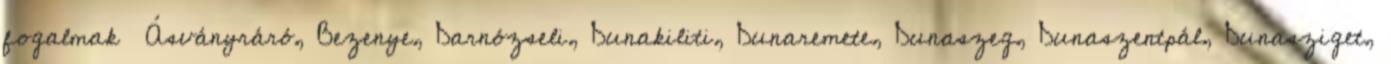
fogalmak ▪Ásványráró, Bezenye, Darnózseli, Dunakiliti, Dunaremete, Dunaszeg, Dunaszentpál, Dunasziget,